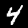
Label: 4